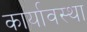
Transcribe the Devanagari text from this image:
कार्यावस्था